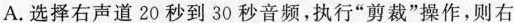
A.选择右声道20秒到30秒音频，执行“剪裁”操作，则右